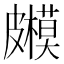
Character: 𥀳